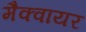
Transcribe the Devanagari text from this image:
मैक्वायर